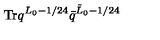
\mathrm { T r } q ^ { L _ { 0 } - 1 / 2 4 } \bar { q } ^ { \tilde { L } _ { 0 } - 1 / 2 4 }